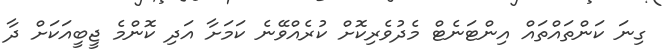
ގިނަ ކަންތައްތައް އިންޓަނެޓް މެދުވެރިކޮށް ކުރެއްވޭނެ ކަމަށާ އަދި ކޮންމެ ޖީބީއަކަށް ދާ